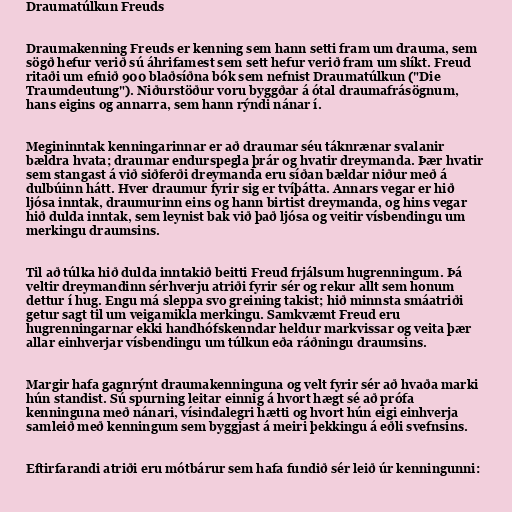
Draumatúlkun Freuds

Draumakenning Freuds er kenning sem hann setti fram um drauma, sem
sögð hefur verið sú áhrifamest sem sett hefur verið fram um slíkt. Freud
ritaði um efnið 900 blaðsíðna bók sem nefnist Draumatúlkun ("Die
Traumdeutung"). Niðurstöður voru byggðar á ótal draumafrásögnum,
hans eigins og annarra, sem hann rýndi nánar í.

Megininntak kenningarinnar er að draumar séu táknrænar svalanir
bældra hvata; draumar endurspegla þrár og hvatir dreymanda. Þær hvatir
sem stangast á við siðferði dreymanda eru síðan bældar niður með á
dulbúinn hátt. Hver draumur fyrir sig er tvíþátta. Annars vegar er hið
ljósa inntak, draumurinn eins og hann birtist dreymanda, og hins vegar
hið dulda inntak, sem leynist bak við það ljósa og veitir vísbendingu um
merkingu draumsins.

Til að túlka hið dulda inntakið beitti Freud frjálsum hugrenningum. Þá
veltir dreymandinn sérhverju atriði fyrir sér og rekur allt sem honum
dettur í hug. Engu má sleppa svo greining takist; hið minnsta smáatriði
getur sagt til um veigamikla merkingu. Samkvæmt Freud eru
hugrenningarnar ekki handhófskenndar heldur markvissar og veita þær
allar einhverjar vísbendingu um túlkun eða ráðningu draumsins.

Margir hafa gagnrýnt draumakenninguna og velt fyrir sér að hvaða marki
hún standist. Sú spurning leitar einnig á hvort hægt sé að prófa
kenninguna með nánari, vísindalegri hætti og hvort hún eigi einhverja
samleið með kenningum sem byggjast á meiri þekkingu á eðli svefnsins.

Eftirfarandi atriði eru mótbárur sem hafa fundið sér leið úr kenningunni: